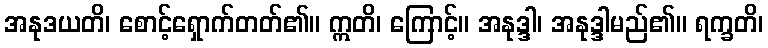
အနုဒယတိ၊ စောင့်ရှောက်တတ်၏။ ဣတိ၊ ကြောင့်။ အနုဒ္ဒါ၊ အနုဒ္ဒါမည်၏။ ရက္ခတိ၊